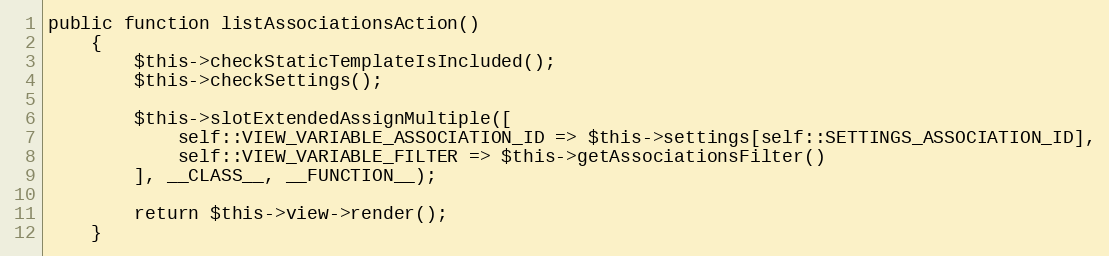
Language: PHP
public function listAssociationsAction()
    {
        $this->checkStaticTemplateIsIncluded();
        $this->checkSettings();

        $this->slotExtendedAssignMultiple([
            self::VIEW_VARIABLE_ASSOCIATION_ID => $this->settings[self::SETTINGS_ASSOCIATION_ID],
            self::VIEW_VARIABLE_FILTER => $this->getAssociationsFilter()
        ], __CLASS__, __FUNCTION__);

        return $this->view->render();
    }